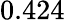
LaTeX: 0.424